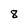
Character: 8